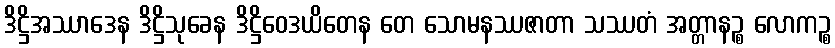
ဒိဋ္ဌိအဿာဒေန ဒိဋ္ဌိသုခေန ဒိဋ္ဌိဝေဒယိတေန တေ သောမနဿဇာတာ သဿတံ အတ္တာနဉ္စ လောကဉ္စ